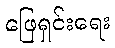
ဖြေရှင်းရေး